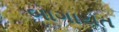
બાગાયત